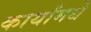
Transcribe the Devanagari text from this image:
कार्यांमधे